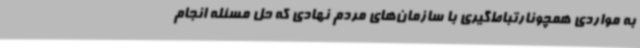
به مواردی همچونارتباط‌گیری با سازمان‌های مردم نهادی که حل مسئله انجام